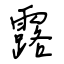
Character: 露